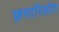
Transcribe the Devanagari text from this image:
फ़नारिओत